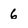
Character: 6